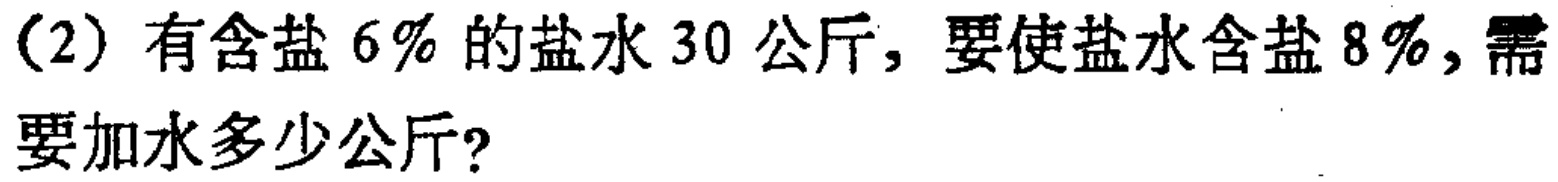
(2) 有含盐 \(6\%\) 的盐水 \(30\) 公斤，要使盐水含盐 \(8\%\)，需要加水多少公斤？